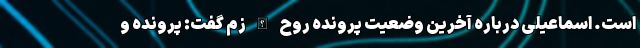
است. اسماعیلی درباره آخرین وضعیت پرونده روح الله زم گفت: پرونده و